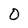
Character: O